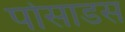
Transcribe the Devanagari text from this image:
पोसाडस